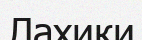
Лахики